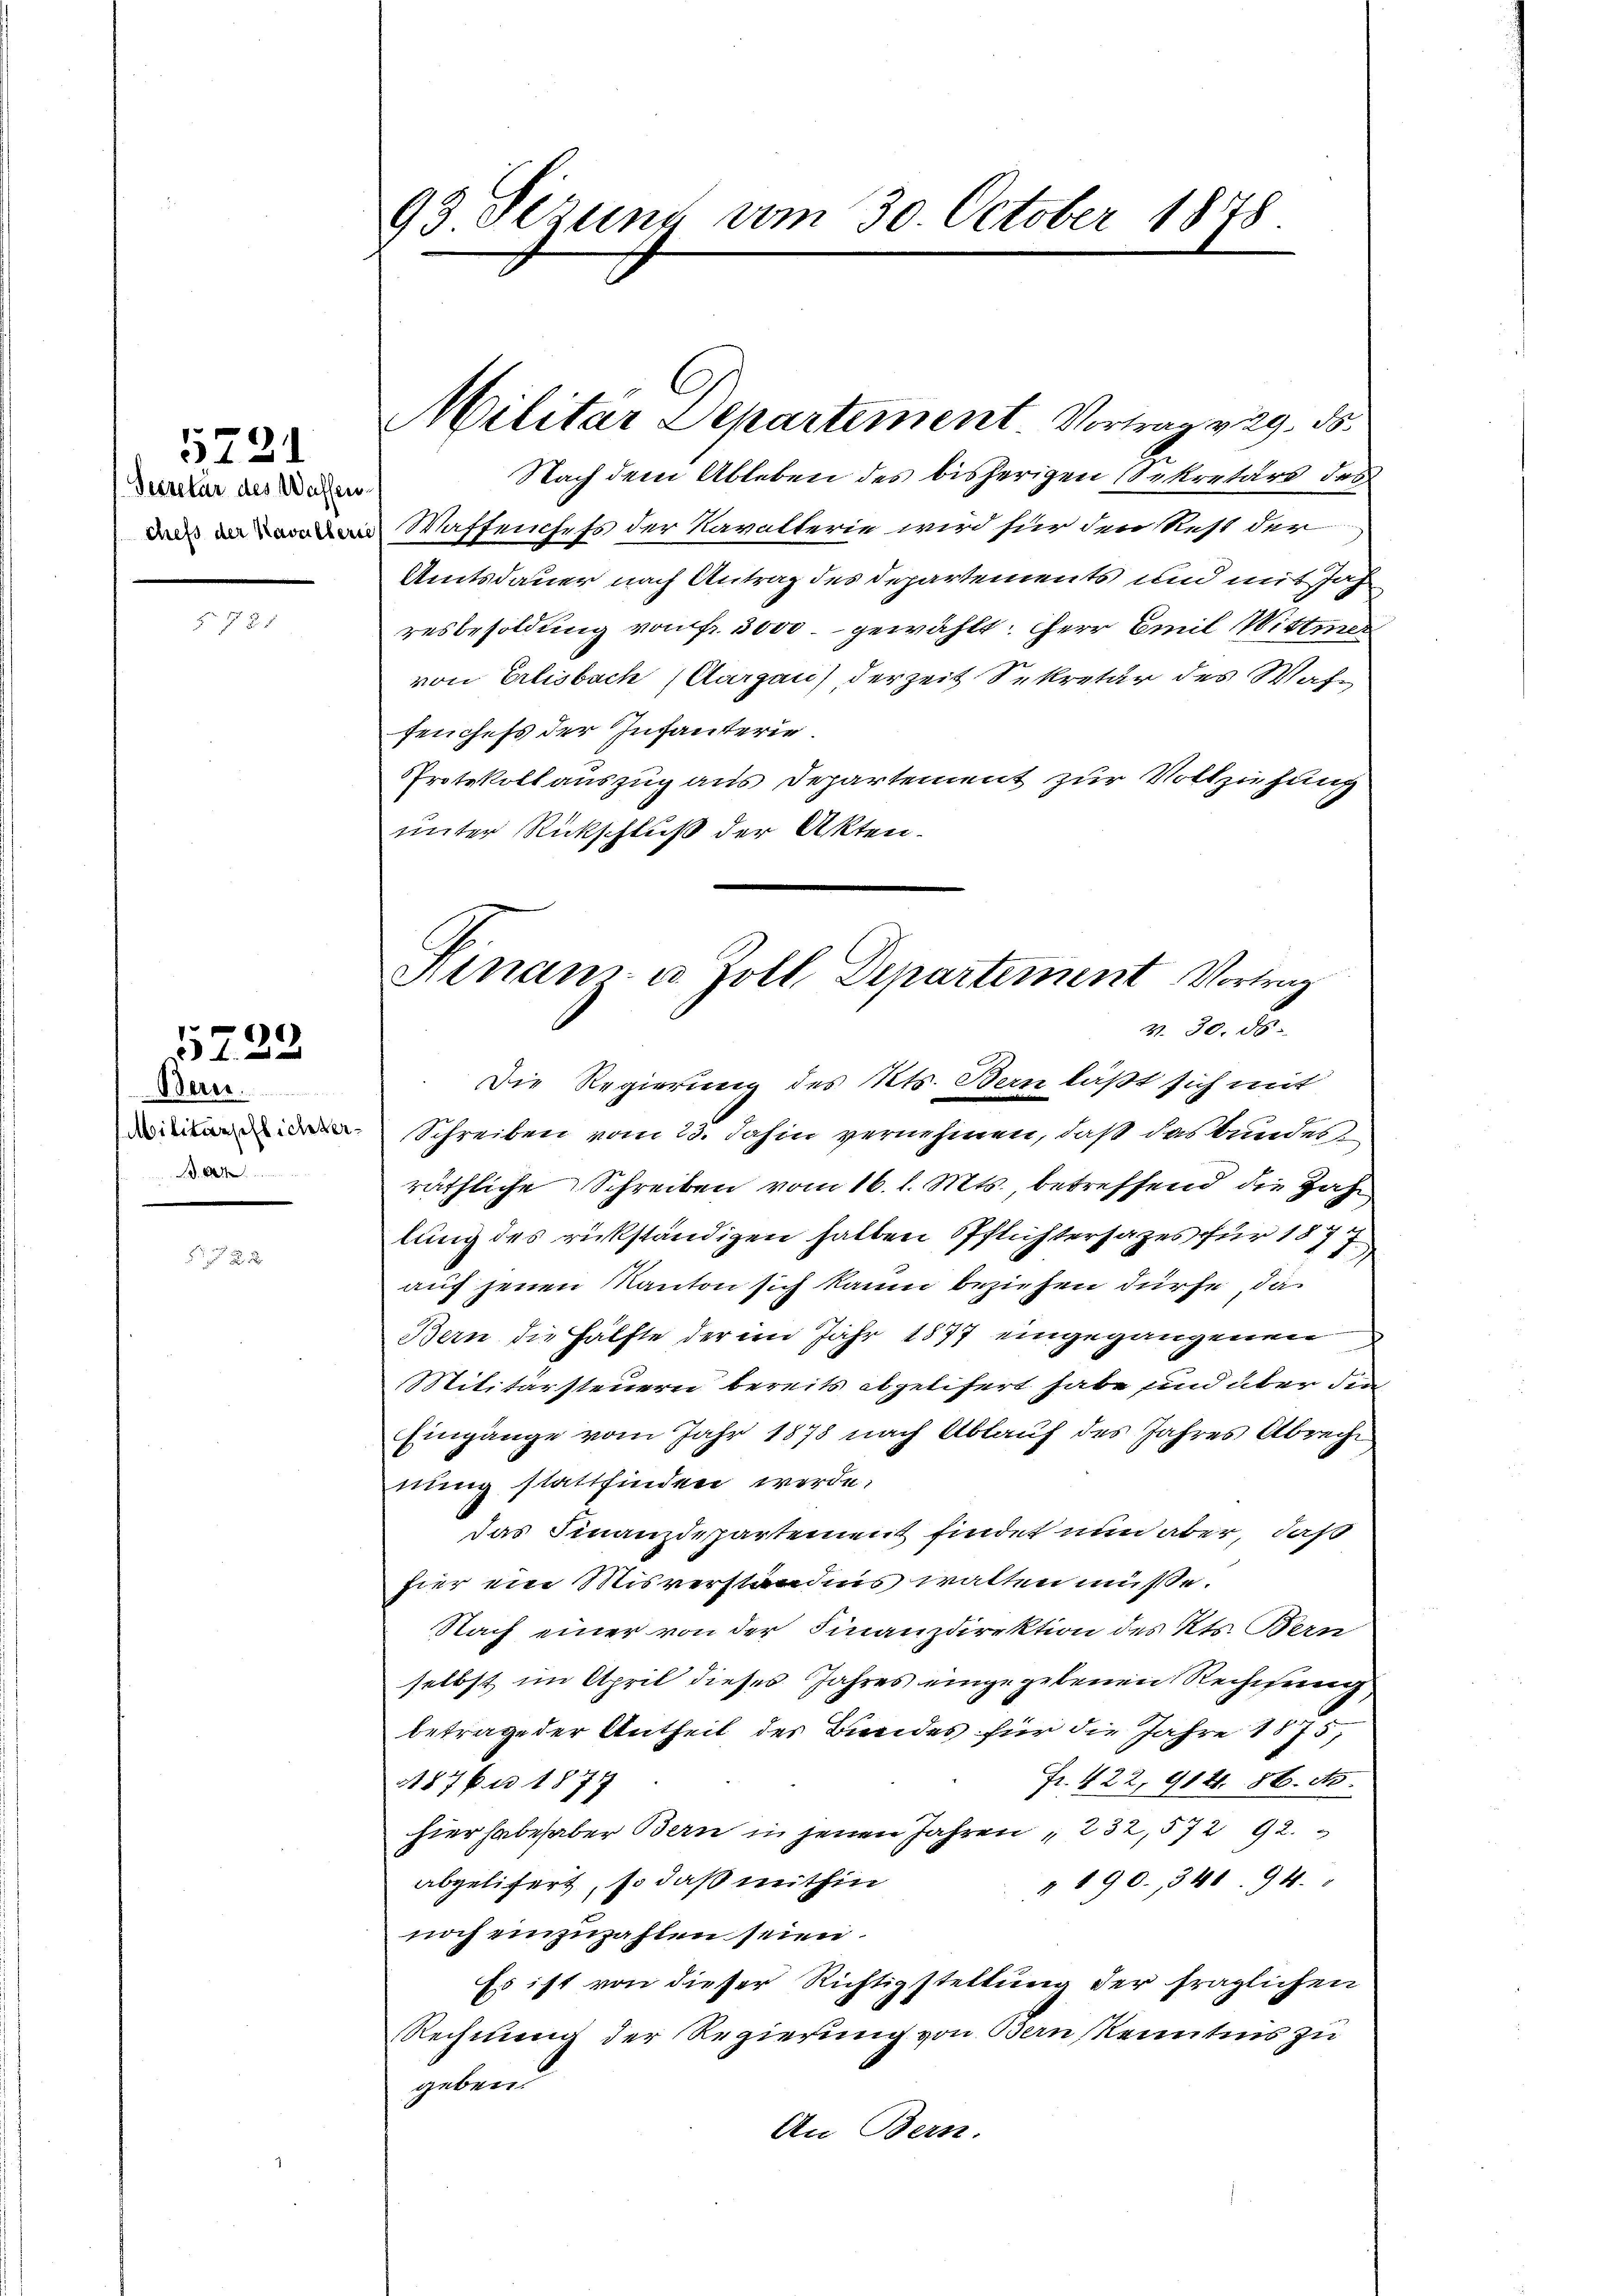
5721
Secretär des Waffenchefs der Kavalleris

Werer  ..  ..  ..
Militärspflichter¬
.

5723

93 Sizung vom 30. October 1848

Militar Departement Vortrag v. 29. ds.

Nach dem Ableben des bisherigen Sekretärs des
Waffenhefs der Kavallerie wird für den Rest der
Amtsdauer nach Antrag des Departements und mit Joh
resbesoldung von fr. 3000 gewählt: Herr Emil Wittwer
von Erlisbach (Aargau) derzeit Sekretär des Waffeuchefs der Infanterie
Protokollauszug aus Departement zur Vollziehung
unter Rückschluß der Akten.
Die Regierung des Kts. Bern läßt sich mit
Schreiben vom 23. Jahin vernehmen, daß das bundes
räthliche Schreiben vom 16. l. Mts. betreffend die Zahn
lung des rückständigen halten Pflichtersazes für 1877
auf jenen Kanton sich kaum beziehen dürfe, da
Bern die Hälfte der im Jahr 1877 eingegangenen
.
Militärsteuern bereits abzelifert habe und über die
Eingänge vom Jahr 1878 nach Ablauf des Jahres Abreche
nung stattfinden werde.
das Finanzdepartement findet nun aber, daß
fier ein Misverständnis walten müsse.
Nach einer von der Finanzdirektion des Kts. Bern
selbst im April dieses Jahres eingegebenen Rechnung,
betrage der Antheil der Bundes für die Jahre 1875;
Fr. 422, 9141. 86. ds.
A87 bis 1877
hier habe haber Bern in jenen Jahren " 232, 572 92.
" 190. 341. 94.
abgelitert, so daß mithin
noch einzuzahlen seien.
Es ist von dieser Richtigstellung der fraglichen
Rechnung der Regierung von Bern Kenntnis zu
geben.
An Bern.

Hinanz- u. Zoll Departement Vortrag
v. 30. 58.